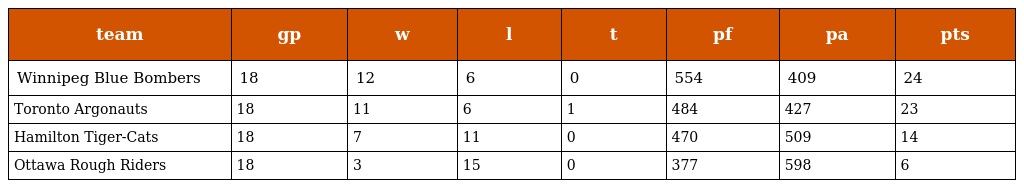
| team | gp | w | l | t | pf | pa | pts |
 | --- | --- | --- | --- | --- | --- | --- | --- |
 | Winnipeg Blue Bombers | 18 | 12 | 6 | 0 | 554 | 409 | 24 |
 | Toronto Argonauts | 18 | 11 | 6 | 1 | 484 | 427 | 23 |
 | Hamilton Tiger-Cats | 18 | 7 | 11 | 0 | 470 | 509 | 14 |
 | Ottawa Rough Riders | 18 | 3 | 15 | 0 | 377 | 598 | 6 |